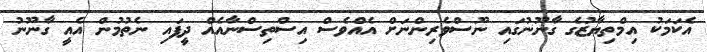
އެކަމަކު އިމްތިޔާޒުގެ ގާނޫނުގައި ނޫސްވެރިންނަށް އެއްވެސް އިސްތިސްނާއެއް ދީފައި ނެތުމުން އެއީ ގާނޫނު